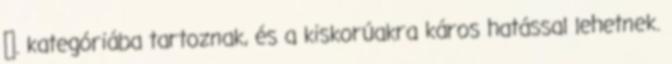
Ⅵ. kategóriába tartoznak, és a kiskorúakra káros hatással lehetnek.